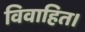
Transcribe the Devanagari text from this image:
विवाहित।